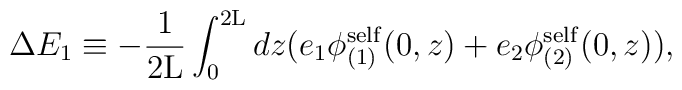
\Delta E_1 \equiv - \frac{1}{2{\rm L}} \int_0^{2{\rm L}} dz(e_1 {\phi}_{(1)}^{\rm self}(0,z) + e_2 {\phi}_{(2)}^{\rm self}(0,z)),